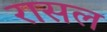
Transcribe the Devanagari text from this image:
रासल